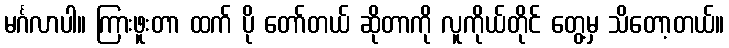
မင်္ဂလာပါ။ ကြားဖူးတာ ထက် ပို တော်တယ် ဆိုတာကို လူကိုယ်တိုင် တွေ့မှ သိတော့တယ်။